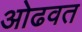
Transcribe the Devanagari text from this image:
ओढवत